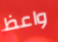
واعظ